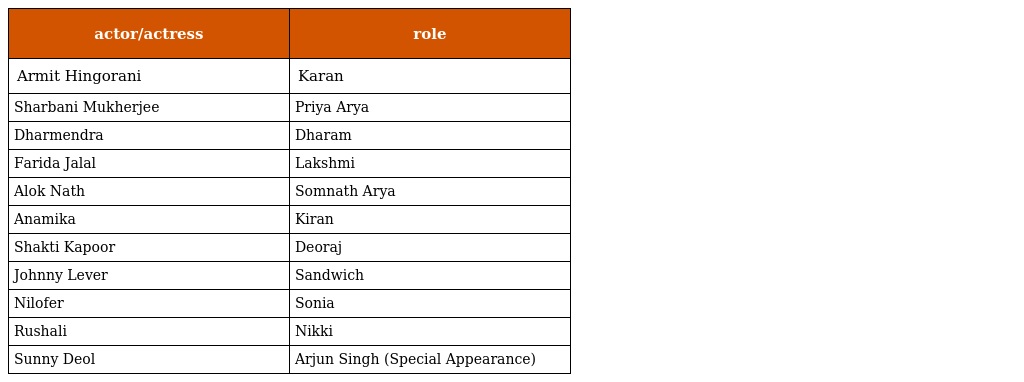
| actor/actress | role |
 | --- | --- |
 | Armit Hingorani | Karan |
 | Sharbani Mukherjee | Priya Arya |
 | Dharmendra | Dharam |
 | Farida Jalal | Lakshmi |
 | Alok Nath | Somnath Arya |
 | Anamika | Kiran |
 | Shakti Kapoor | Deoraj |
 | Johnny Lever | Sandwich |
 | Nilofer | Sonia |
 | Rushali | Nikki |
 | Sunny Deol | Arjun Singh (Special Appearance) |